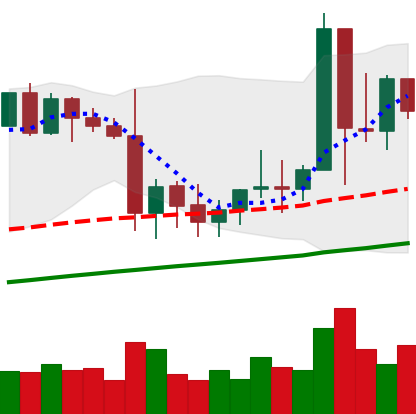
Ticker: XMR-USD
Chart end date: 2021-01-14
Forward return: -3.415%
Label: down_3_5